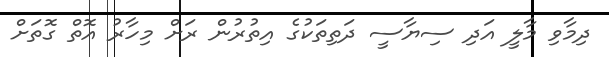
ދިމާވި މާލީ އަދި ސިޔާސީ ދަތިތަކުގެ އިތުރުން ރަށް މިހާރު އޮތް ގޮތަށް